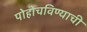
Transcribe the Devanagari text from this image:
पोहोचविण्याची